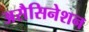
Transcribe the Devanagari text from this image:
असैसिनेशन